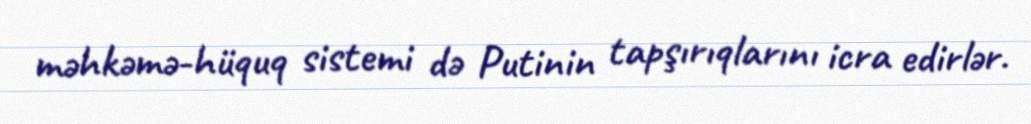
məhkəmə-hüquq sistemi də Putinin tapşırıqlarını icra edirlər.